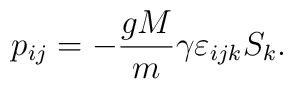
p_{ij}=-\frac{gM}{m}\gamma\varepsilon_{ijk}S_k.